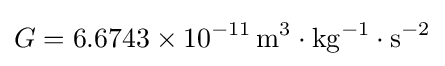
G=6.6743\times 10^{-11}\,\mathrm {m^{3}\cdot kg^{-1}\cdot s^{-2}}